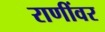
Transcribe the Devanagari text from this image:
राणींवर